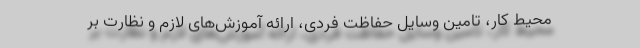
محیط کار، تامین وسایل حفاظت فردی، ارائه آموزش‌های لازم و نظارت بر